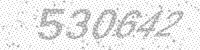
Solution: 530642